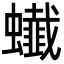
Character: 䘂